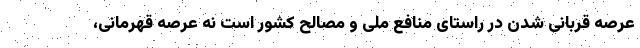
عرصه قربانی شدن در راستای منافع ملی و مصالح کشور است نه عرصه قهرمانی،